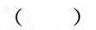
( )